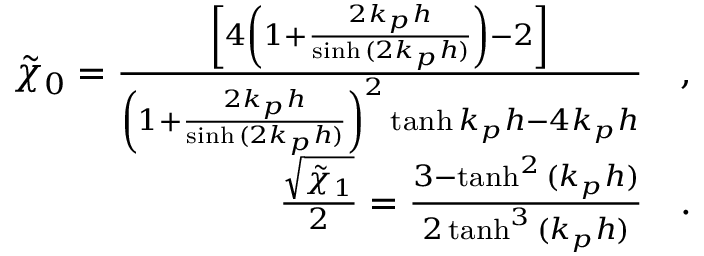
\begin{array} { r } { \tilde { \chi } _ { 0 } = \frac { \left[ 4 \left( 1 + \frac { 2 k _ { p } h } { \sinh { ( 2 k _ { p } h ) } } \right) - 2 \right] } { \left( 1 + \frac { 2 k _ { p } h } { \sinh { ( 2 k _ { p } h ) } } \right) ^ { 2 } \operatorname { t a n h } { k _ { p } h } - 4 k _ { p } h } \quad , } \\ { \frac { \sqrt { \tilde { \chi } _ { 1 } } } { 2 } = \frac { 3 - \operatorname { t a n h } ^ { 2 } { ( k _ { p } h ) } } { 2 \operatorname { t a n h } ^ { 3 } { ( k _ { p } h ) } } \quad . } \end{array}